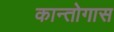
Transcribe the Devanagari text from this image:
कान्तोगास